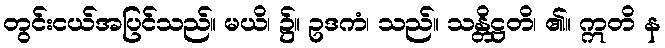
တွင်းငယ်အပြင်သည်။ မယိ၊ ၌။ ဥဒကံ၊ သည်။ သန္တိဋ္ဌတိ၊ ၏။ ဣတိ န